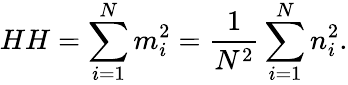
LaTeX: HH=\sum_{i=1}^{N}{m_{i}^{2}}=\frac{1}{N^{2}}\sum_{i=1}^{N}{n_{i}^{2}}.